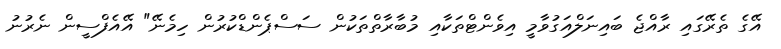
އޭގެ ތެރޭގައި ރާއްޖެ ބައިނަލްއަގުވާމީ އިވެންޓްތަކާއި މުބާރާތްތަކުން ސަސްޕެންޑްކުރުން ހިމެނޭ" އޭއެފްސީން ނެރުނު